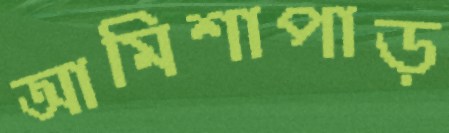
আমিশাপাড়